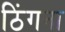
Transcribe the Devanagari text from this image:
ठिंगना